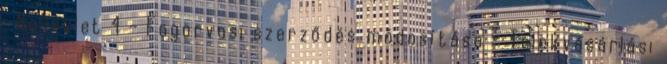
, Melléklet 4 - Fogorvosi szerződés módosítása - Telekvásárlási